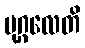
ပုဂ္ဂလေတိ